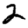
Digit: 2